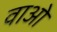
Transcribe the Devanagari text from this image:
वाओ